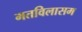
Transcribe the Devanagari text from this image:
मतविलासम